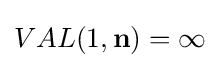
VAL(1,\mathbf {n} )=\infty